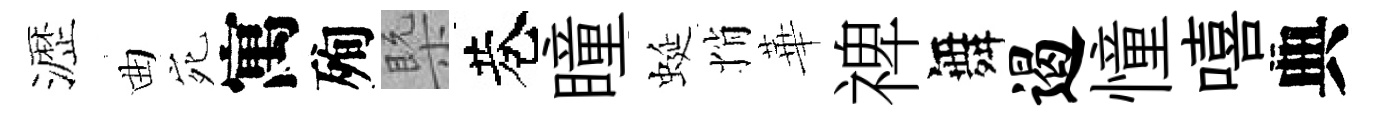
瀝曲宛寓殉槩巷瞳蜒悄華禆舞遏憧嘻典